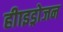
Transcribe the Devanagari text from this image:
हीाइड्रोजन